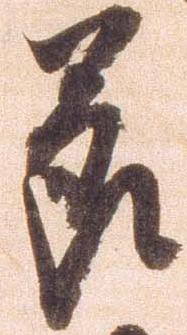
節